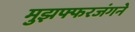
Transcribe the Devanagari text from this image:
मुझफ्फरजंगने